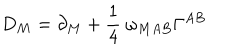
LaTeX: D _ { M } = \partial _ { M } + { \frac { 1 } { 4 } } ~ \omega _ { M A B } \Gamma ^ { A B }